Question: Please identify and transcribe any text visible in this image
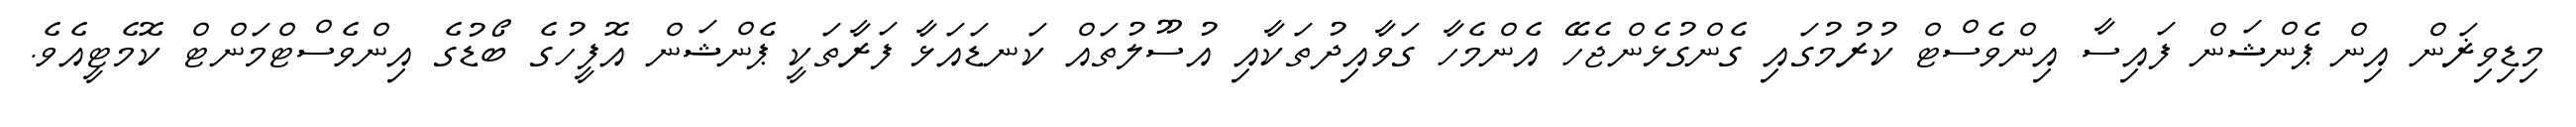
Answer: މިޑިވިޜަން އިން ޕެންޝަން ފައިސާ އިންވެސްޓް ކުރުމުގައި ގެންގުޅެންޖެހޭ އެންމެހާ ގަވާއިދުތަކާއި އުސޫލުތައް ކަނޑައަޅާ ފަރާތަކީ ޕެންޝަން އޮފީހުގެ ބޯޑުގެ އިންވެސްޓްމަންޓް ކޮމެޓީއެވެ.